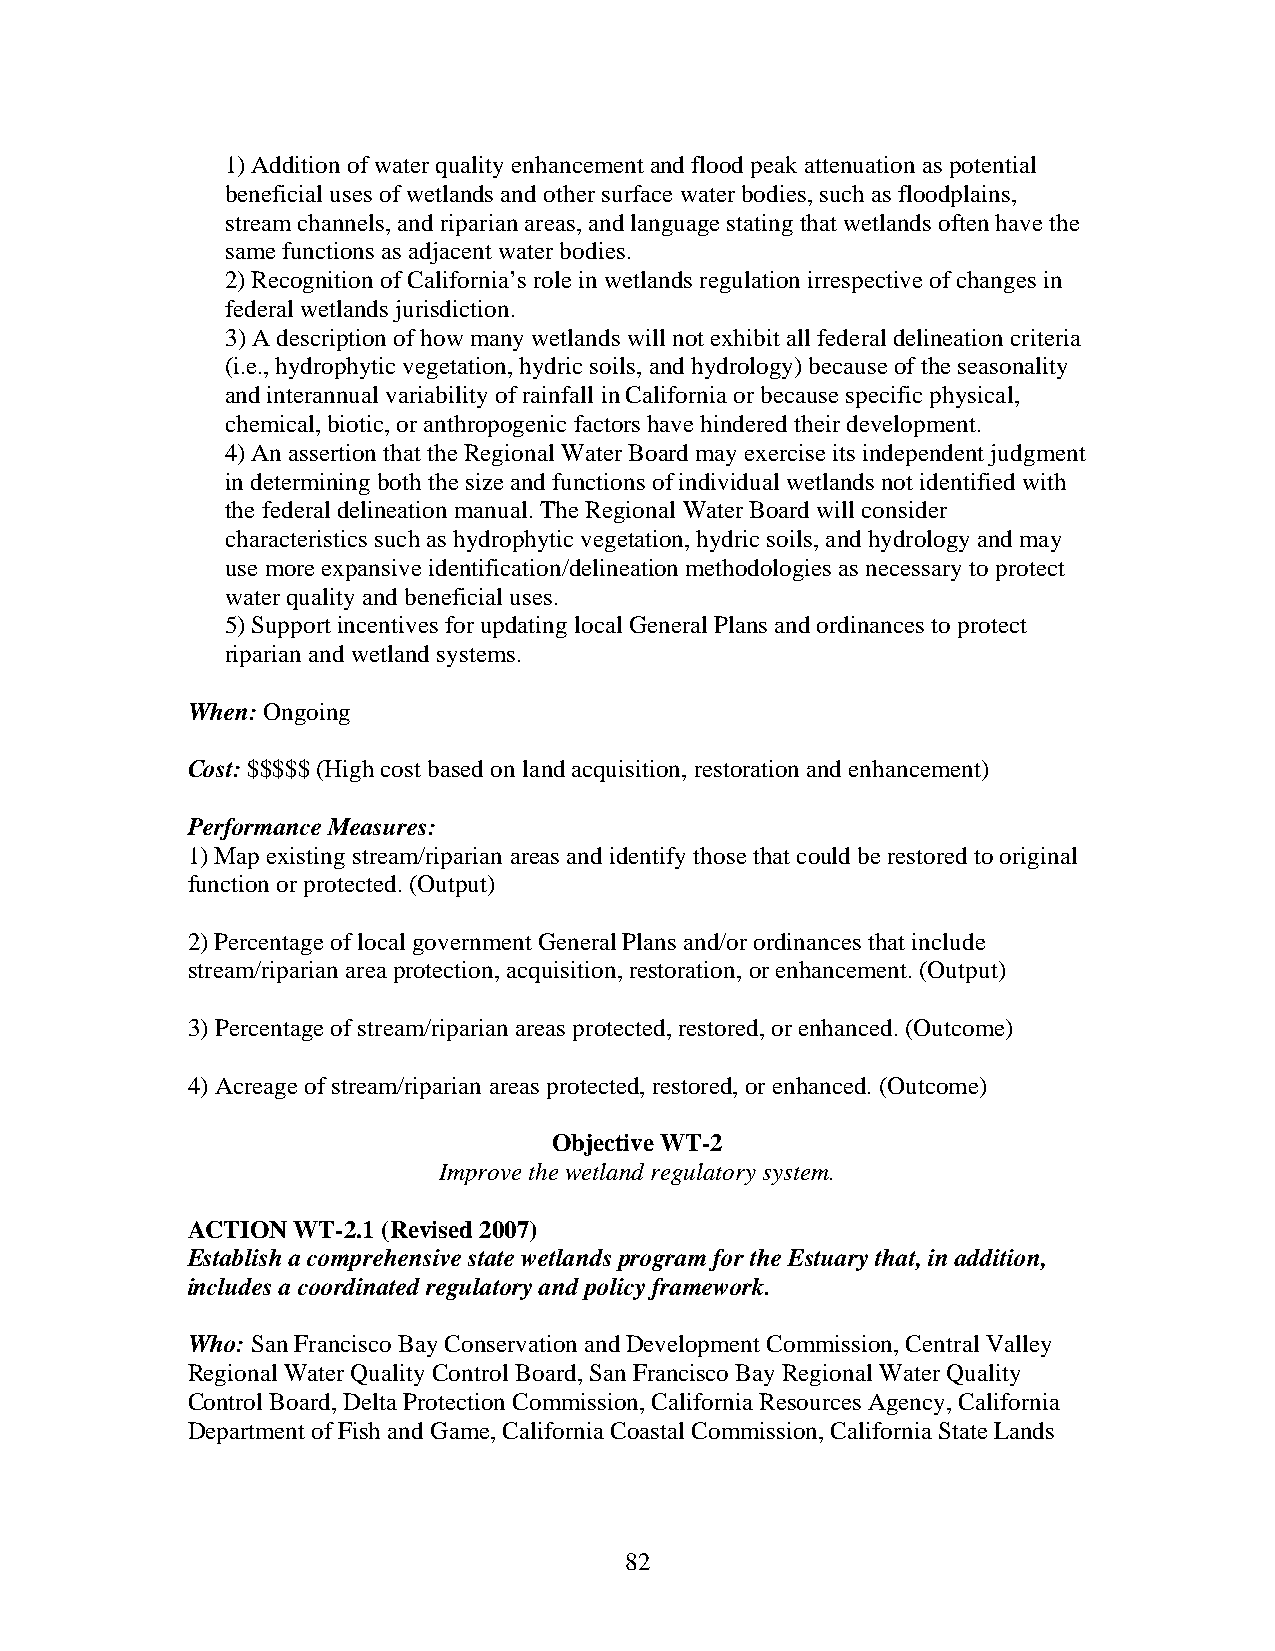
1) Addition of water quality enhancement and flood peak attenuation as potential
 beneficial uses of wetlands and other surface water bodies, such as floodplains,
 stream channels, and riparian areas, and language stating that wetlands often have the
 same functions as adjacent water bodies.
 2) Recognition of California’s role in wetlands regulation irrespective of changes in
 federal wetlands jurisdiction.
 3) A description of how many wetlands will not exhibit all federal delineation criteria
 (i.e., hydrophytic vegetation, hydric soils, and hydrology) because of the seasonality
 and interannual variability of rainfall in California or because specific physical,
 chemical, biotic, or anthropogenic factors have hindered their development.
 4) An assertion that the Regional Water Board may exercise its independent judgment
 in determining both the size and functions of individual wetlands not identified with
 the federal delineation manual. The Regional Water Board will consider
 characteristics such as hydrophytic vegetation, hydric soils, and hydrology and may
 use more expansive identification/delineation methodologies as necessary to protect
 water quality and beneficial uses.
 5) Support incentives for updating local General Plans and ordinances to protect
 riparian and wetland systems.
 When: Ongoing
 Cost: $$$$$ (High cost based on land acquisition, restoration and enhancement)
 Performance Measures:
 1) Map existing stream/riparian areas and identify those that could be restored to original
 function or protected. (Output)
 2) Percentage of local government General Plans and/or ordinances that include
 stream/riparian area protection, acquisition, restoration, or enhancement. (Output)
 3) Percentage of stream/riparian areas protected, restored, or enhanced. (Outcome)
 4) Acreage of stream/riparian areas protected, restored, or enhanced. (Outcome)
 Objective WT-2
 Improve the wetland regulatory system.
 ACTION WT-2.1 (Revised 2007)
 Establish a comprehensive state wetlands program for the Estuary that, in addition,
 includes a coordinated regulatory and policy framework.
 Who: San Francisco Bay Conservation and Development Commission, Central Valley
 Regional Water Quality Control Board, San Francisco Bay Regional Water Quality
 Control Board, Delta Protection Commission, California Resources Agency, California
 Department of Fish and Game, California Coastal Commission, California State Lands
 82